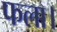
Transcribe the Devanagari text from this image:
फला।